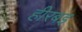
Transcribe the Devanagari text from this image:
हीरबइ